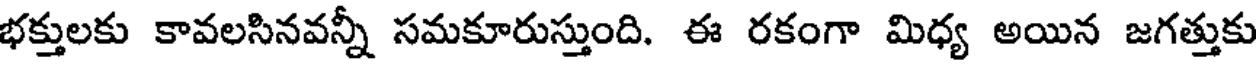
భక్తులకు కావలసినవన్నీ సమకూరుస్తుంది. ఈ రకంగా మిధ్య అయిన జగత్తుకు